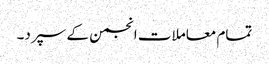
تمام معاملات انجمن کے سپرد۔